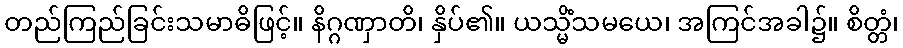
တည်ကြည်ခြင်းသမာဓိဖြင့်။ နိဂ္ဂဏှာတိ၊ နှိပ်၏။ ယသ္မိံသမယေ၊ အကြင်အခါ၌။ စိတ္တံ၊